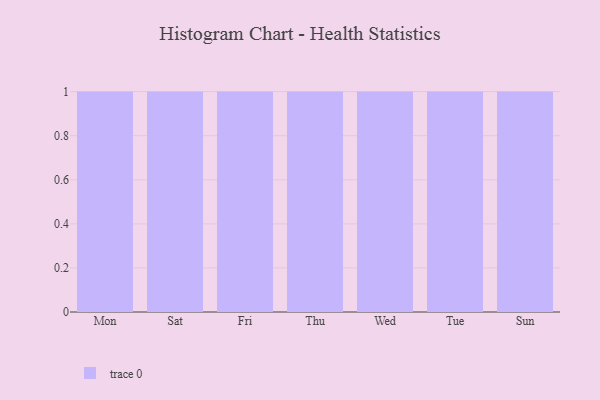
{"axis": {"x": "Day", "y": "Page Views"}, "legend": [""], "data": [{"x": "Mon", "y": 76, "type": ""}, {"x": "Sat", "y": 14, "type": ""}, {"x": "Fri", "y": 95, "type": ""}, {"x": "Thu", "y": 31, "type": ""}, {"x": "Wed", "y": 9, "type": ""}, {"x": "Tue", "y": 55, "type": ""}, {"x": "Sun", "y": 16, "type": ""}]}